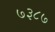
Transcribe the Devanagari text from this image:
७३८७